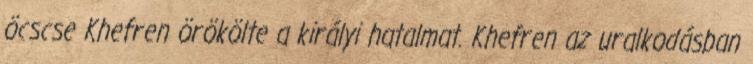
öcscse Khefren örökölte a királyi hatalmat. Khefren az uralkodásban